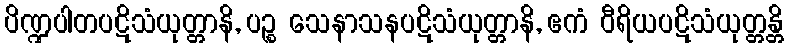
ပိဏ္ဍပါတပဋိသံယုတ္တာနိ, ပဉ္စ သေနာသနပဋိသံယုတ္တာနိ, ဧကံ ဝီရိယပဋိသံယုတ္တန္တိ